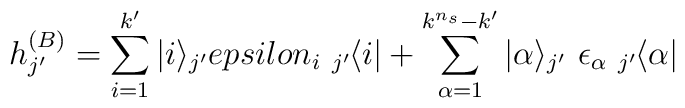
h_{j'}^{(B)} =  \sum _{i=1}^{k'} |i\rangle_{j'} \\epsilon _i \ _{j'} \hspace*{-1pt} \langle i| +  \sum _{\alpha=1}^{k^{n_s}-k'} |\alpha \rangle_{j'}  \ \epsilon _{\alpha }  \ _{j'}\hspace*{-1pt} \langle \alpha |